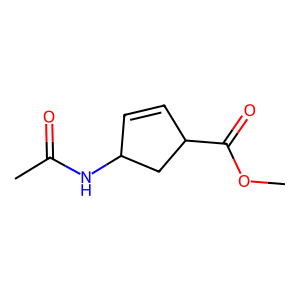
SMILES: COC(=O)C1C=CC(NC(C)=O)C1
Inhibits HIV replication: No